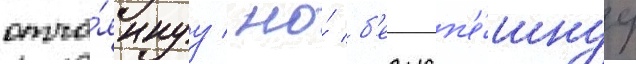
отча́яннуу / но́ б'езусп'е́шнуу